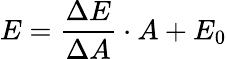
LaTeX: E=\frac{\Delta E}{\Delta A}\cdot A+E_{0}